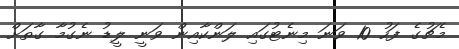
މެޗުގެ ފަހު 10 ވަނަ މިނެޓުގައި ލަންކާއިން ވަނީ ލީޑު ނެގުމާ ގާތަށް